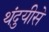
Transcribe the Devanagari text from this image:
थंदुयीसे